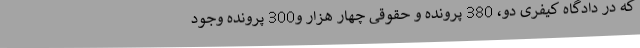
که در دادگاه کیفری دو، 380 پرونده و حقوقی چهار هزار و300 پرونده وجود